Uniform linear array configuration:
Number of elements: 24
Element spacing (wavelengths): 0.5
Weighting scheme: kaiser
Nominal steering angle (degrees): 45
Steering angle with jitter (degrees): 43.294
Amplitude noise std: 0.05
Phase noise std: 0.05

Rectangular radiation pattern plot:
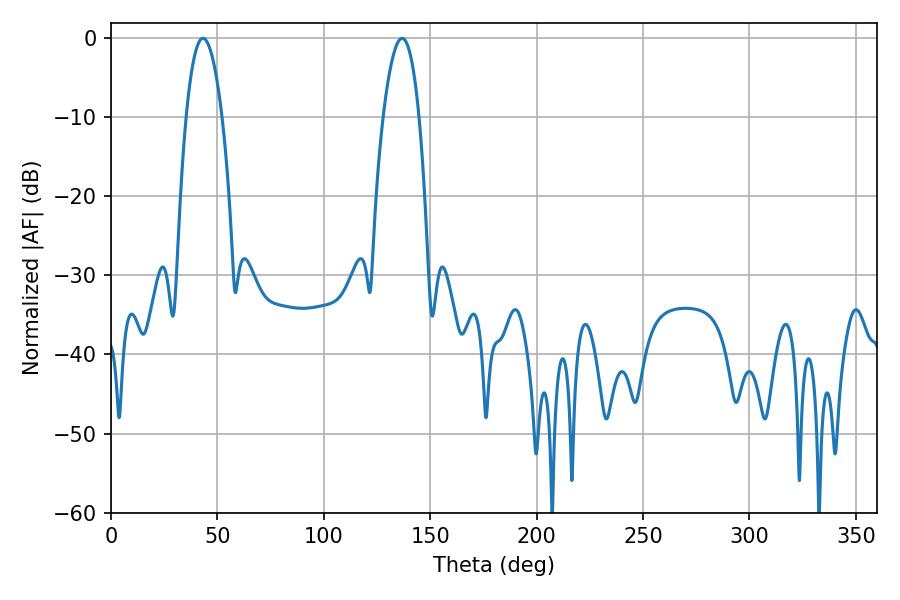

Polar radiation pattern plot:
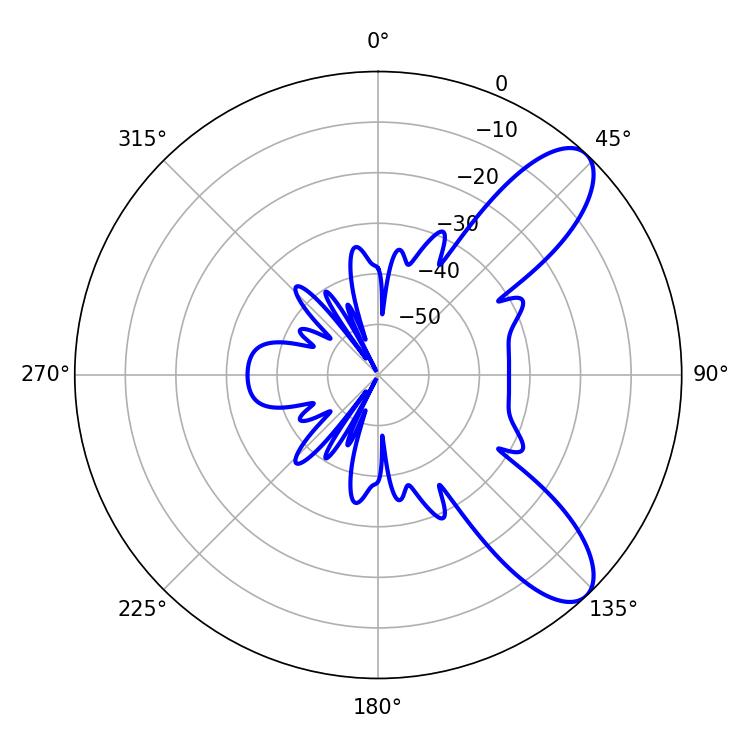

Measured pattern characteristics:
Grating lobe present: FALSE
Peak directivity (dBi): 9.205
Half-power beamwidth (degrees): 9.36
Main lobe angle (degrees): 43.2